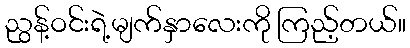
ညွန့်ဝင်းရဲ့မျက်နှာလေးကို ကြည့်တယ်။